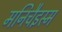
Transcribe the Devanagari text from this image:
मनिचैइस्म